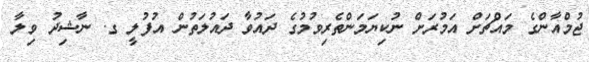
ޖުމްއާންގެ މައްޗަށް އަމުރަށް ނުުކިޔަމަންތެރިވުމުގެ ދައުވާ ދައުލަތުން އުފުލީ ގ. ނާޝިދު ވިލާ